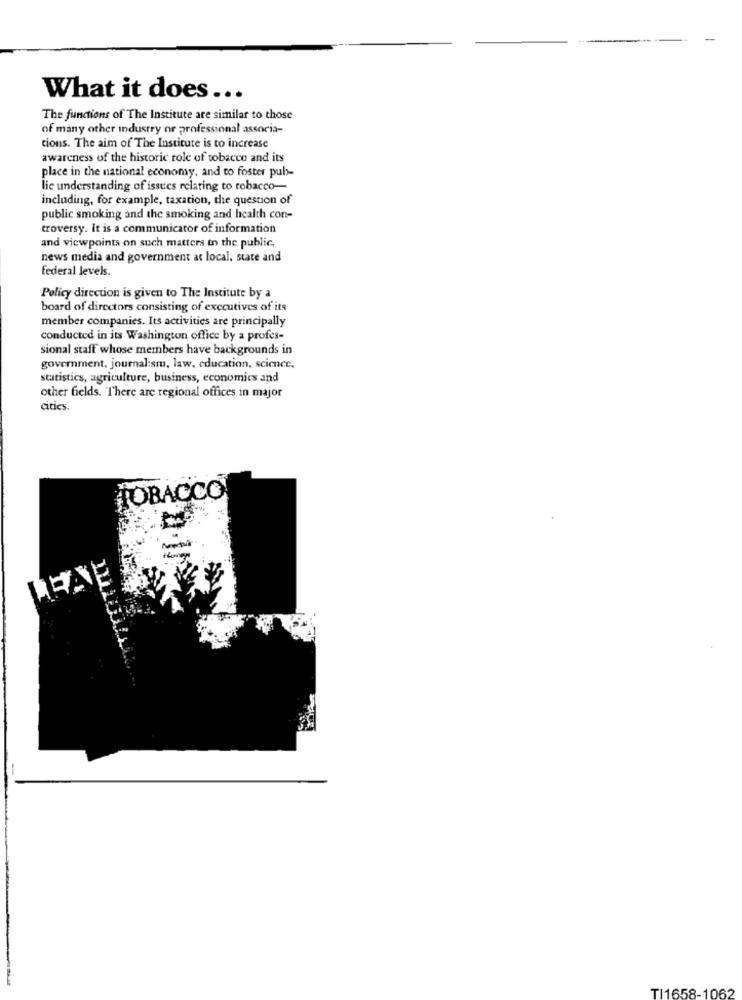
What it does ...
The functions of The Institute are similar to those
of many other industry or professional associa-
tions. The aim of The Institute is to increase
awareness of the historic role of tobacco and its
place in the national economy, and to foster pub-
lie understanding of issues relating to tobacco-
including, for example, taxation, the question of
public smoking and the smoking and health con-
troversy. It is a communicator of information
and viewpoints on such matters to the public,
news media and government at local, state and
federal levels.
Policy direction is given to The Institute by a
board of directors consisting of executives of its
member companies. Its activities are principally
conducted in its Washington office by a profes-
sional staff whose members have backgrounds in
government, journal:sm, law, education, science,
statistics, agriculture, business, economics and
other fields. There are regional offices in major
cities.
TOBACCO
LEAE
TI1658-1062